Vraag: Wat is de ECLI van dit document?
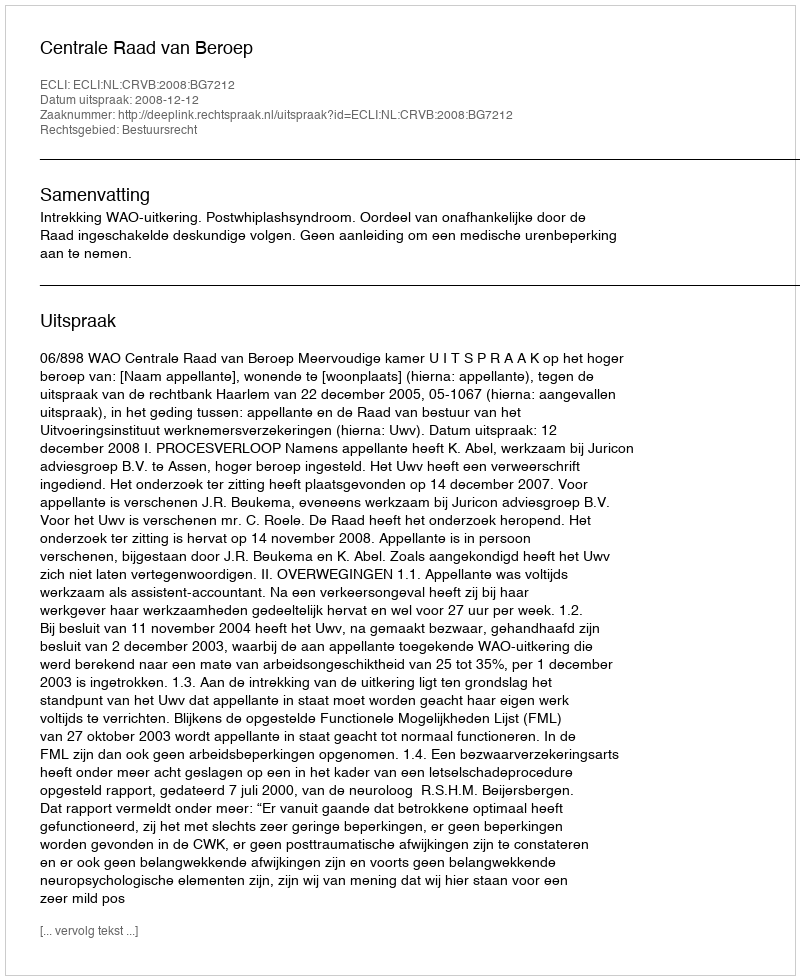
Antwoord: ECLI:NL:CRVB:2008:BG7212